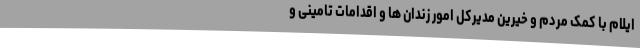
ایلام با کمک مردم و خیرین مدیرکل امور زندان ها و اقدامات تامینی و